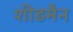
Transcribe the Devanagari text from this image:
शीडमैन